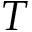
T